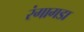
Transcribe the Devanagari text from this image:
रंगागडा